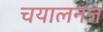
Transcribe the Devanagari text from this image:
चयालनज